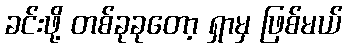
ခင်းဖို့ တစ်ခုခုတော့ ရှာမှ ဖြစ်မယ်